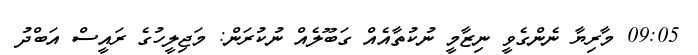
09:05 މާރިޔާ ނެންގެވީ ނިޒާމީ ނުކުތާއެއް ގަބޫލެއް ނުކުރަން: މަޖިލީހުގެ ރައީސް އަބްދު